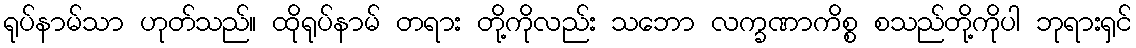
ရုပ်နာမ်သာ ဟုတ်သည်။ ထိုရုပ်နာမ် တရား တို့ကိုလည်း သဘော လက္ခဏာကိစ္စ စသည်တို့ကိုပါ ဘုရားရှင်